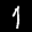
Label: 1